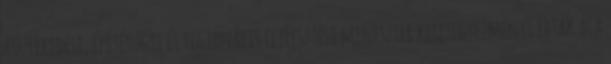
közlekedési, építésügyi és regionális fejlesztési miniszter keretegyezményt írtak alá